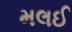
મલઈ